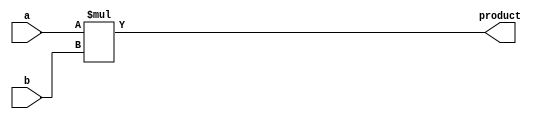
module multiplier (
   input wire [31:0] a,
   input wire [31:0] b,
   output wire [63:0] product
);

assign product = a * b;

endmodule